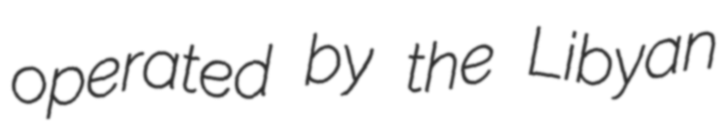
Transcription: operated by the Libyan